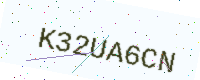
Text: K32UA6CN